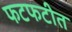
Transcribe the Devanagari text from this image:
फटफटीत